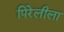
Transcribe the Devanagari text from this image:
पिरेलीला